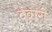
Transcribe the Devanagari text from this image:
देवारी